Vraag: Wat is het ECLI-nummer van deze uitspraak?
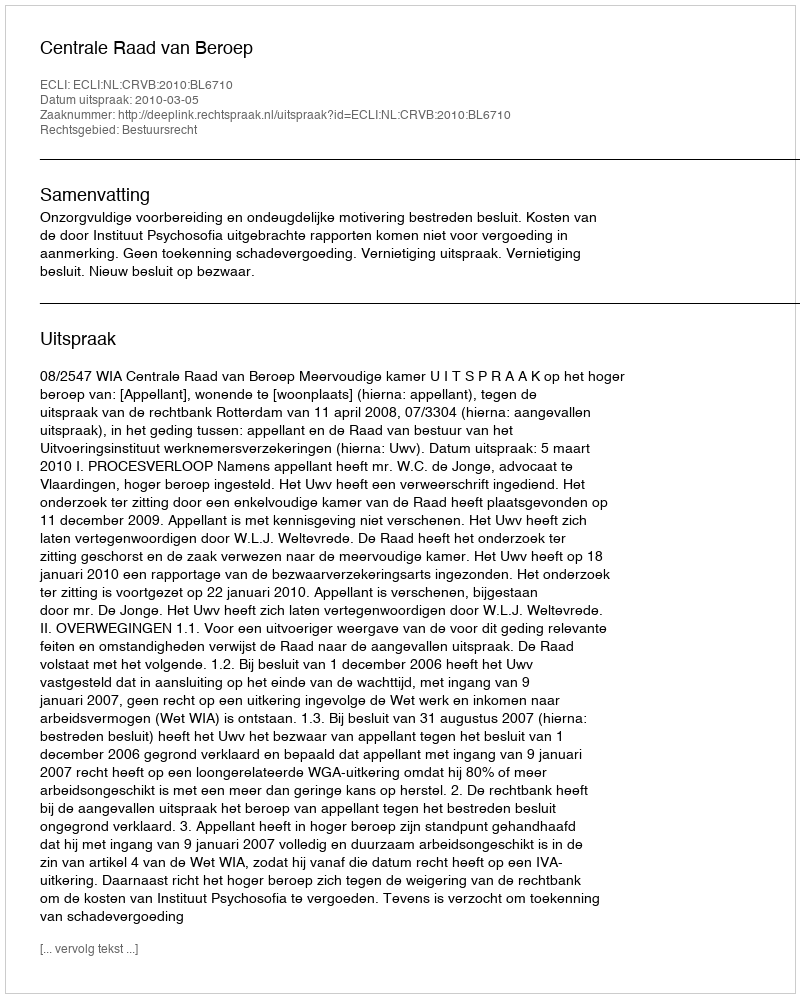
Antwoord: ECLI:NL:CRVB:2010:BL6710